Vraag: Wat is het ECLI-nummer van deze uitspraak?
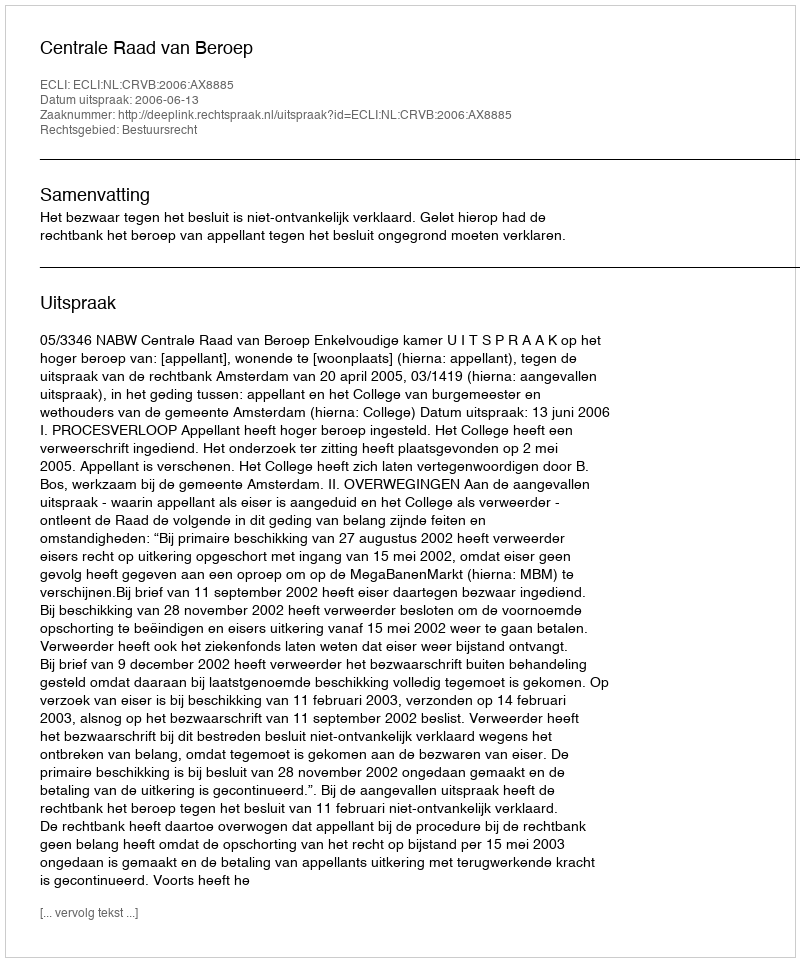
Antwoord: ECLI:NL:CRVB:2006:AX8885